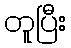
တူပြီး